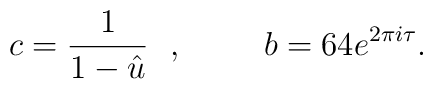
c=\frac{1}{1-\hat{u}}~~, \hspace{1cm}b=64 e^{2 \pi i\tau}.